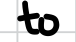
Text: to
Cross-out: clean
Writing tool: digital_black